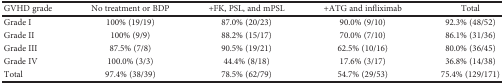
<table><thead><tr><td><b>GVHD grade</b></td><td><b>No treatment or BDP</b></td><td><b>+FK, PSL, and mPSL</b></td><td><b>+ATG and infliximab</b></td><td><b>Total</b></td></tr></thead><tbody><tr><td>Grade I</td><td>100% (19/19)</td><td>87.0% (20/23)</td><td>90.0% (9/10)</td><td>92.3% (48/52)</td></tr><tr><td>Grade II</td><td>100% (9/9)</td><td>88.2% (15/17)</td><td>70.0% (7/10)</td><td>86.1% (31/36)</td></tr><tr><td>Grade III</td><td>87.5% (7/8)</td><td>90.5% (19/21)</td><td>62.5% (10/16)</td><td>80.0% (36/45)</td></tr><tr><td>Grade IV</td><td>100.0% (3/3)</td><td>44.4% (8/18)</td><td>17.6% (3/17)</td><td>36.8% (14/38)</td></tr><tr><td>Total</td><td>97.4% (38/39)</td><td>78.5% (62/79)</td><td>54.7% (29/53)</td><td>75.4% (129/171)</td></tr></tbody></table>